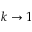
k \to 1